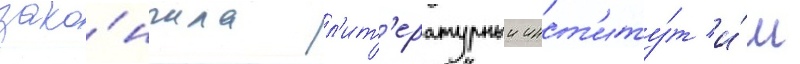
зако́нчила л'ит'ературныи инст'иту́т и́м